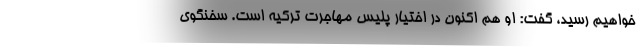
خواهیم رسید، گفت: او هم اکنون در اختیار پلیس مهاجرت ترکیه است. سخنگوی